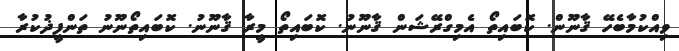
ވިއްކުމާބެހޭ ޤާނޫން. ކޮބައިތޯ އެމިގްރޭޝަން ޤާނޫނު. ކޮބައިތޯ މީރާ ޤާނޫނު. ކޮބައިތޯނޫނު ތަންފީޛުކުރާ